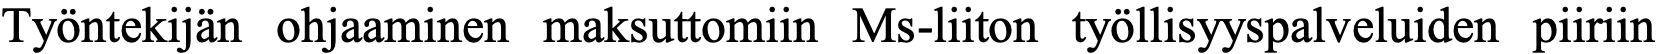
Työntekijän ohjaaminen maksuttomiin Ms-liiton työllisyyspalveluiden piiriin